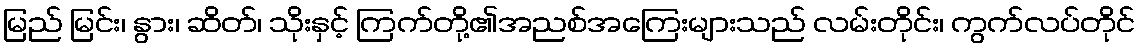
မြည် မြင်း၊ နွား၊ ဆိတ်၊ သိုးနှင့် ကြက်တို့၏အညစ်အကြေးများသည် လမ်းတိုင်း၊ ကွက်လပ်တိုင်